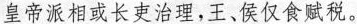
皇帝派相或长吏治理，王、侯仅食赋税。